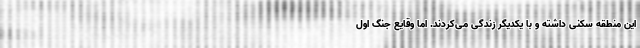
این منطقه سکنی داشته و با یکدیگر زندگی می‌کردند. اما وقایع جنگ اول